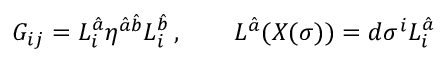
G _ { i j } = L _ { i } ^ { \hat { a } } \eta ^ { { \hat { a } } { \hat { b } } } L _ { i } ^ { \hat { b } } \, , \qquad L ^ { \hat { a } } ( X ( \sigma ) ) = d \sigma ^ { i } L _ { i } ^ { \hat { a } } \,